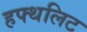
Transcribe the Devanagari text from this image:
हफ्थलिट